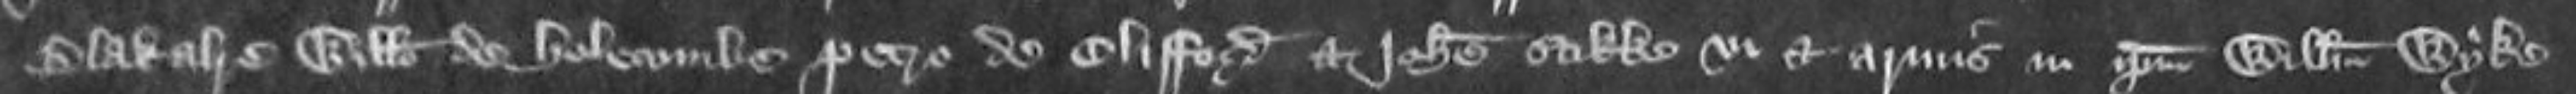
Blakalre Willelmo de Hosecombe Petro de Clifford et Johanne Stibbe vi et armis in ipsum Willelmum Wyke